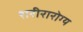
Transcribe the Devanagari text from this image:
शरीरारोग्य